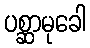
ပစ္ဆာမုခေါ